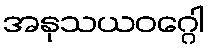
အနုသယဝဂ္ဂေါ